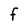
Character: F